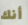
أنك